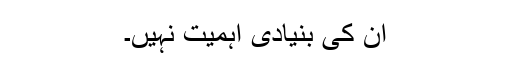
ان کی بنیادی اہمیت نہیں۔